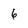
Character: 6